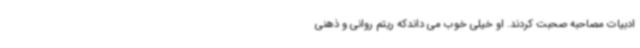
ادبیات مصاحبه صحبت کردند. او خیلی خوب می داندکه ریتم روانی و ذهنی